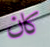
كان